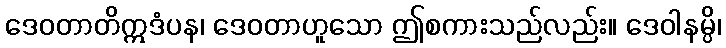
ဒေဝတာတိဣဒံပန၊ ဒေဝတာဟူသော ဤစကားသည်လည်း။ ဒေဝါနမ္ပိ၊